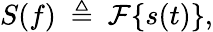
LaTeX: S(f)\ \triangleq\ {\mathcal{F}}\{ s(t)\} ,